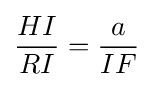
{\frac {HI}{RI}}={\frac {a}{IF}}